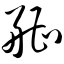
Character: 艚